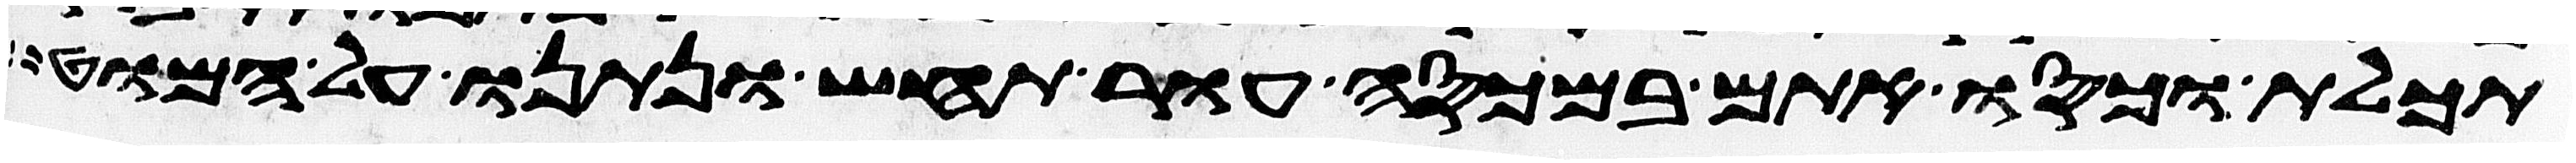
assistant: תכלת וכסו אתם במכסה עור תחש ונתנו על המוט